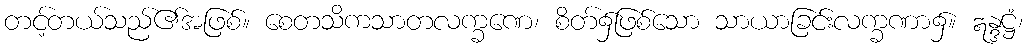
တင့်တယ်သည်၏အဖြစ်။ စေတသိကသာတလက္ခဏေ၊ စိတ်၌ဖြစ်သော သာယာခြင်းလက္ခဏာ၌။ ဣန္ဒဋ္ဌံ၊